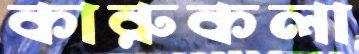
কারুকলা